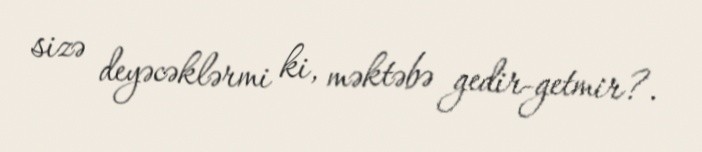
sizə deyəcəklərmi ki, məktəbə gedir-getmir?.